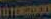
000